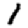
Digit: 1